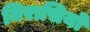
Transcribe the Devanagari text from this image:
मिरासियों